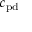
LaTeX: c _ { \mathrm { p d } }